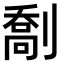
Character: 𫦙